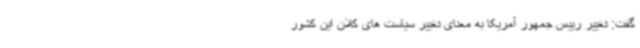
گفت: تغییر رییس جمهور آمریکا به معنای تغییر سیاست های کلان این کشور